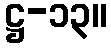
ဋ္ဌ-၁၃။